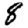
Digit: 8